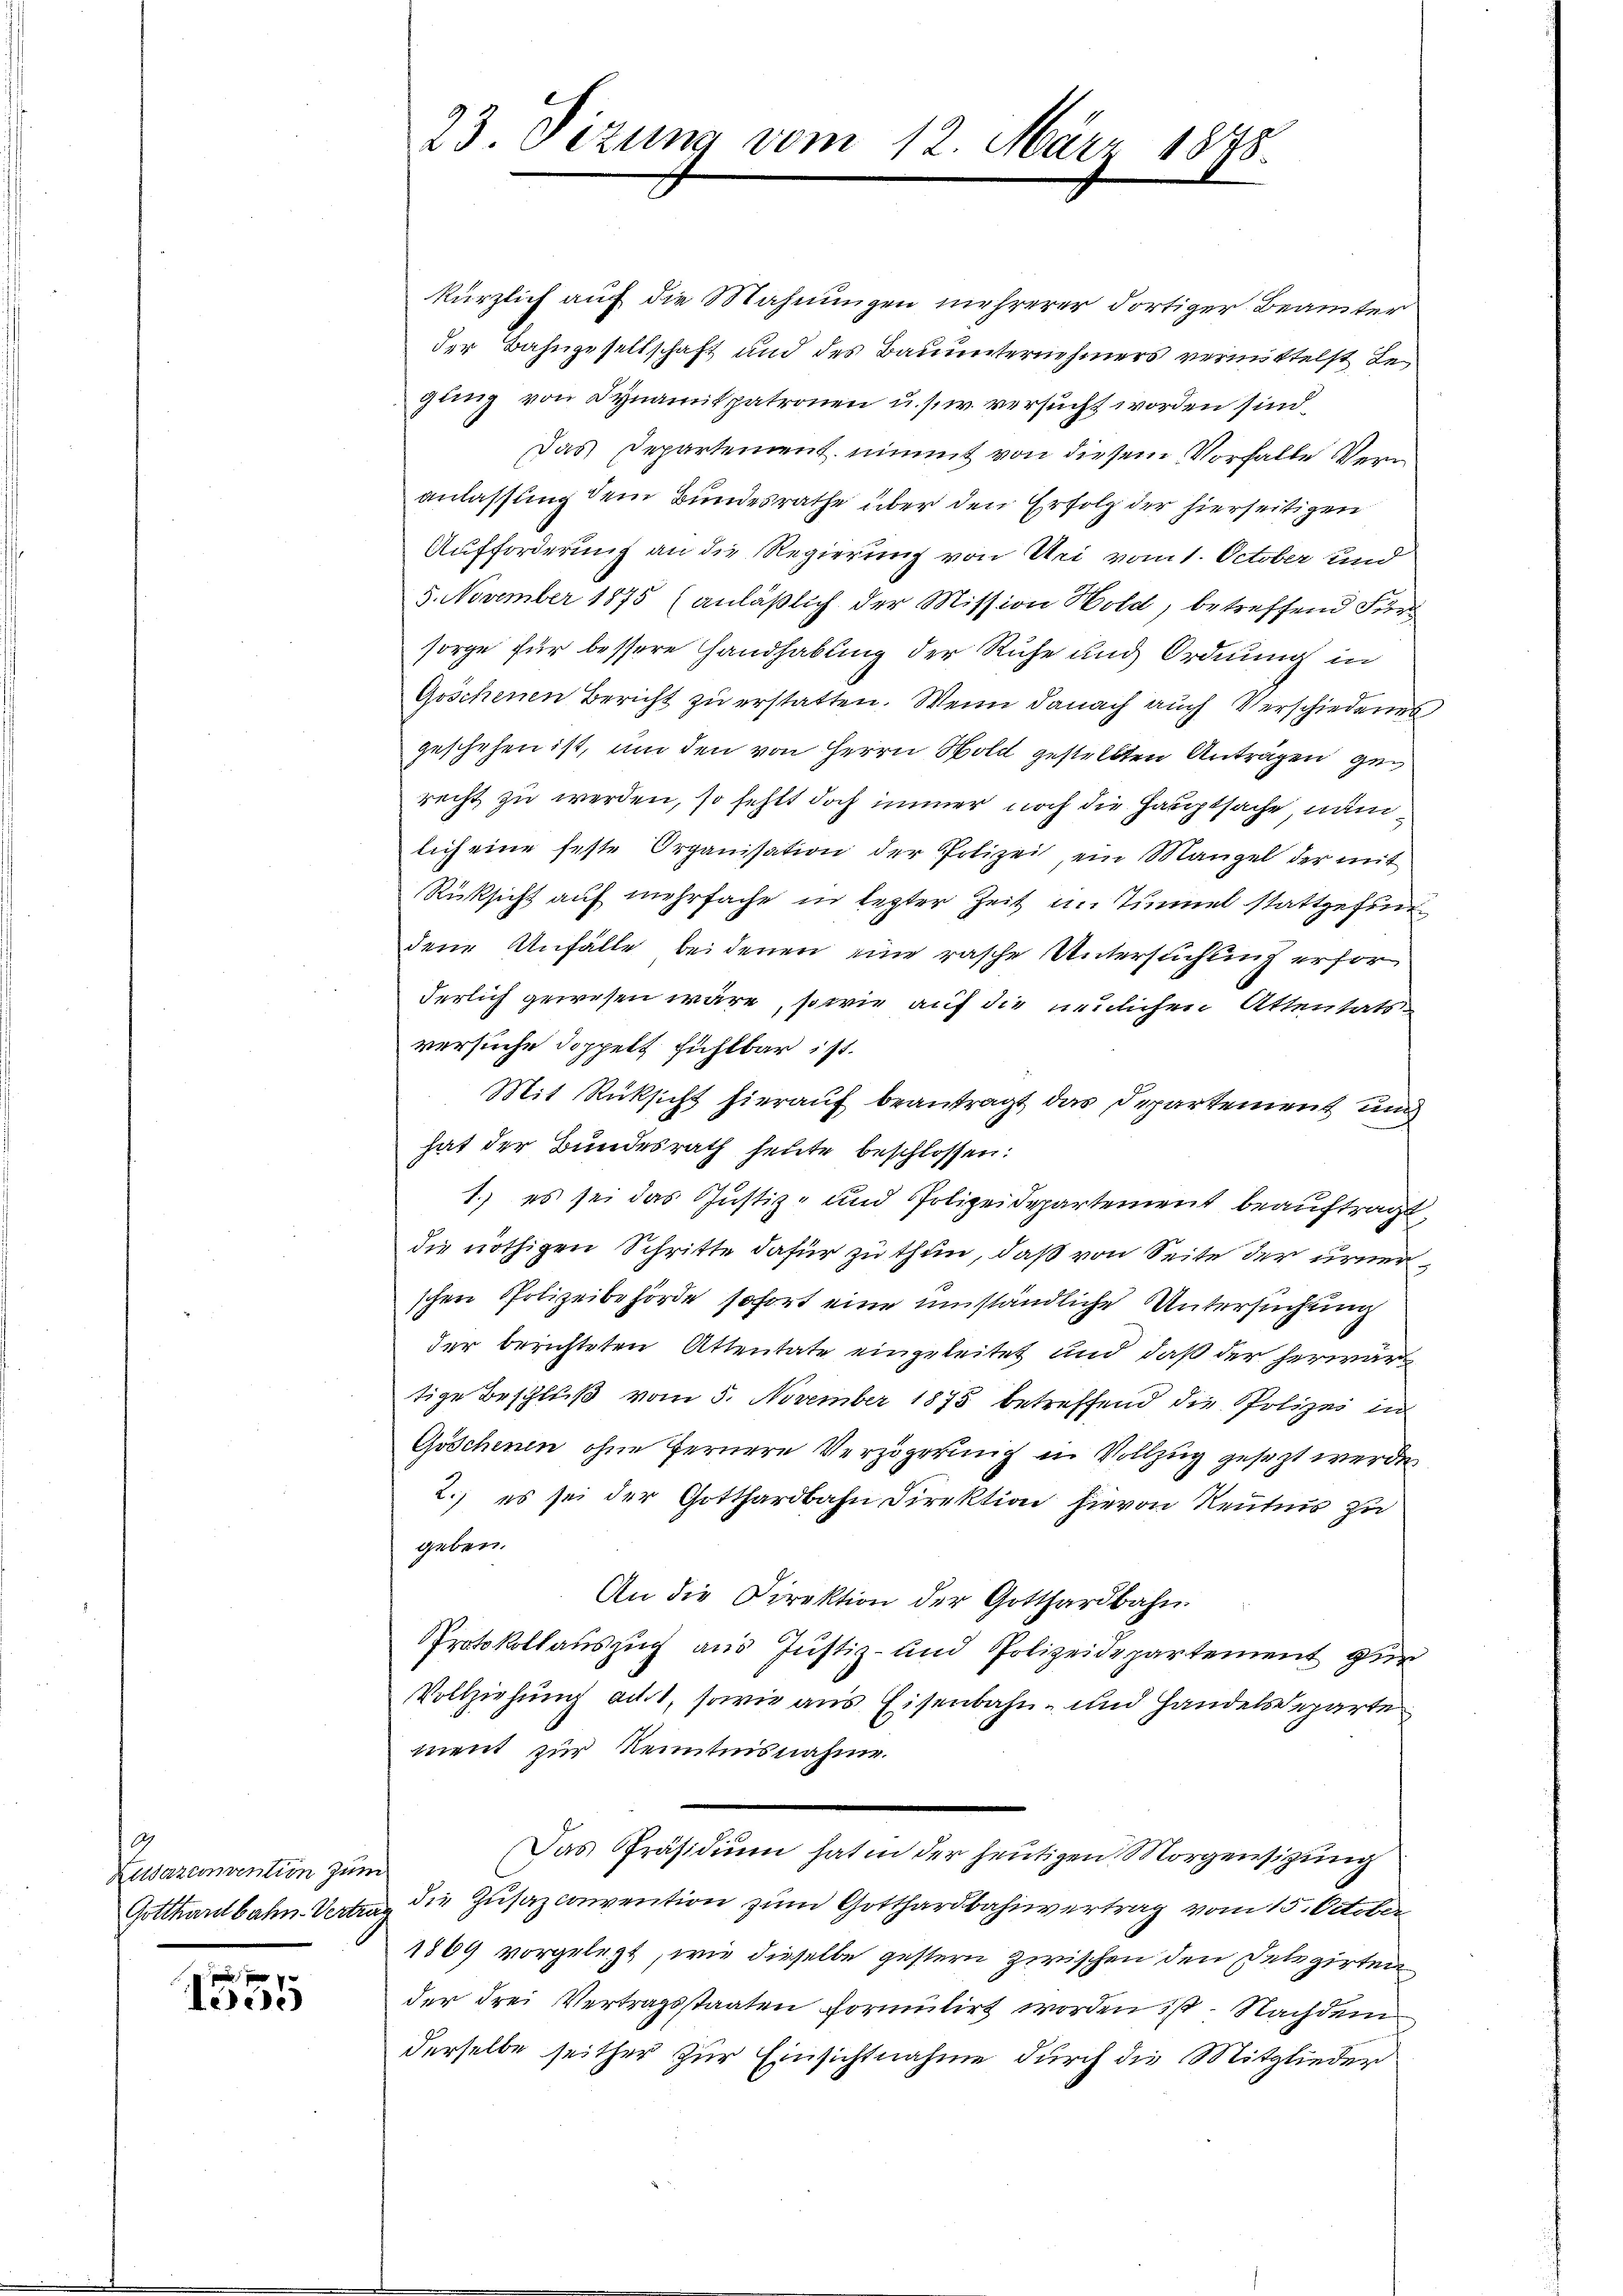
9
Zudazconvention zum
.

1550

kürzlich auf die Mahnungen mehrerer dortiger Beamter
der Bahngesellschaft und des Bauunternehmers vermittelst Begung von Dynamitpatronen u. s. w. versucht worden sind.
Das Departement nimmt von diesem Vorfalle Veranlassung dem Bundesrathe über den Erfolg der hierseitigen
Aufforderung an die Regierung von Uri vom 1. October und
5. November 1875 (anläßlich der Mission Hold, betreffend Für
sorge für bessere Handhabung der Ruhe und Ordnung in
Goschenen Bericht zŭ erstatten. Wenn danach auch Verschiedenes
geschehen ist, um den von Herrn Sold gestellten Antragen gerecht zu werden, so fehlt doch immer noch die Hauptsache, nämlich eine feste Organisation der Polizei, ein Mangel der mit
Rüksicht auf mehrfache in lezter Zeit im Tunnel stattgefund
dene Unfälle bei denen eine rasche Untersuchung erfor
derlich gewesen wäre, sowie auf die neulichen Attentats
versuche doppelt fühlbar ist.
Mit Rücksicht hierauf beantragt das Departement und
hat der Bundesrath heute beschlossen:
1.) es sei das Justiz- und Polizeidepartement beaŭftragt,
die nöthigen Schritte dafür zu thun, daß von Seite der urner
schen Polizeibehörde sofort eine umständliche Untersuchung
der berichteten Attentate eingeleitet und daß der herwär
tige Beschluß vom 5. November 1875 betreffend die Polizei in
Göschenen ohne fernere Verzögerung in Vollzug gesezt werde
2.) es sei der Gotthardbahn Direktion hievon Neutnis zu
geben.
An die Direktion der Gotthardbahn.
Protokollauszug aus Justiz- und Polizeidepartement zur
Vollziehung acht, sowie aus Eisenbahn- und Handelsdeparte
ment zur Kenntnisnahme.
Das Präsidium hat in der heutigen Morgensizung
Gotthardbahn Vertrag die Zusazconvention zum Gotthardbahnvertrag vom 15. October
1869 vorgelegt, wie dieselbe gestern zwischen den Delegirten
der drei Vertragsstaaten formulirt worden ist. Nachdem
derselbe seither zur Einsichtnahme durch die Mitglieder

23. Dezung vom 12. März 1848.